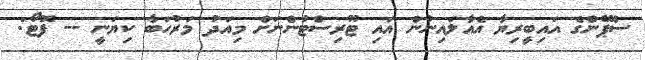
ސްޕޭންގެ އައިބީރިޔާ އެއާލައިނުން އައި ޓޫރިސްޓުންނަށް މިއަދު މަރުހަބާ ކިޔަނީ -- ފޮޓޯ: